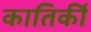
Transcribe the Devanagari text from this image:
कातिर्की